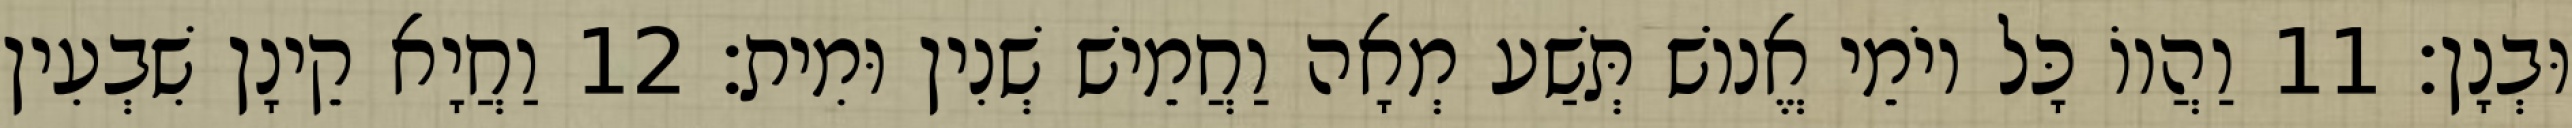
וּבְנָן׃ 11 וַהֲווֹ כָּל יוֹמֵי אֱנוֹשׁ תְּשַׁע מְאָה וַחֲמֵישׁ שְׁנִין וּמִית׃ 12 וַחֲיָא קֵינָן שִׁבְעִין